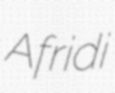
Afridi